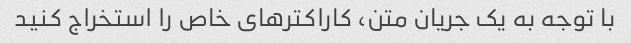
با توجه به یک جریان متن، کاراکترهای خاص را استخراج کنید